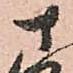
さ